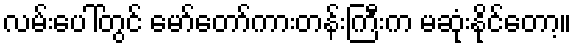
လမ်းပေါ်တွင် မော်တော်ကားတန်းကြီးက မဆုံးနိုင်တော့။